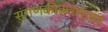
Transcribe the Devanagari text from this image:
संगणकीकरणावर